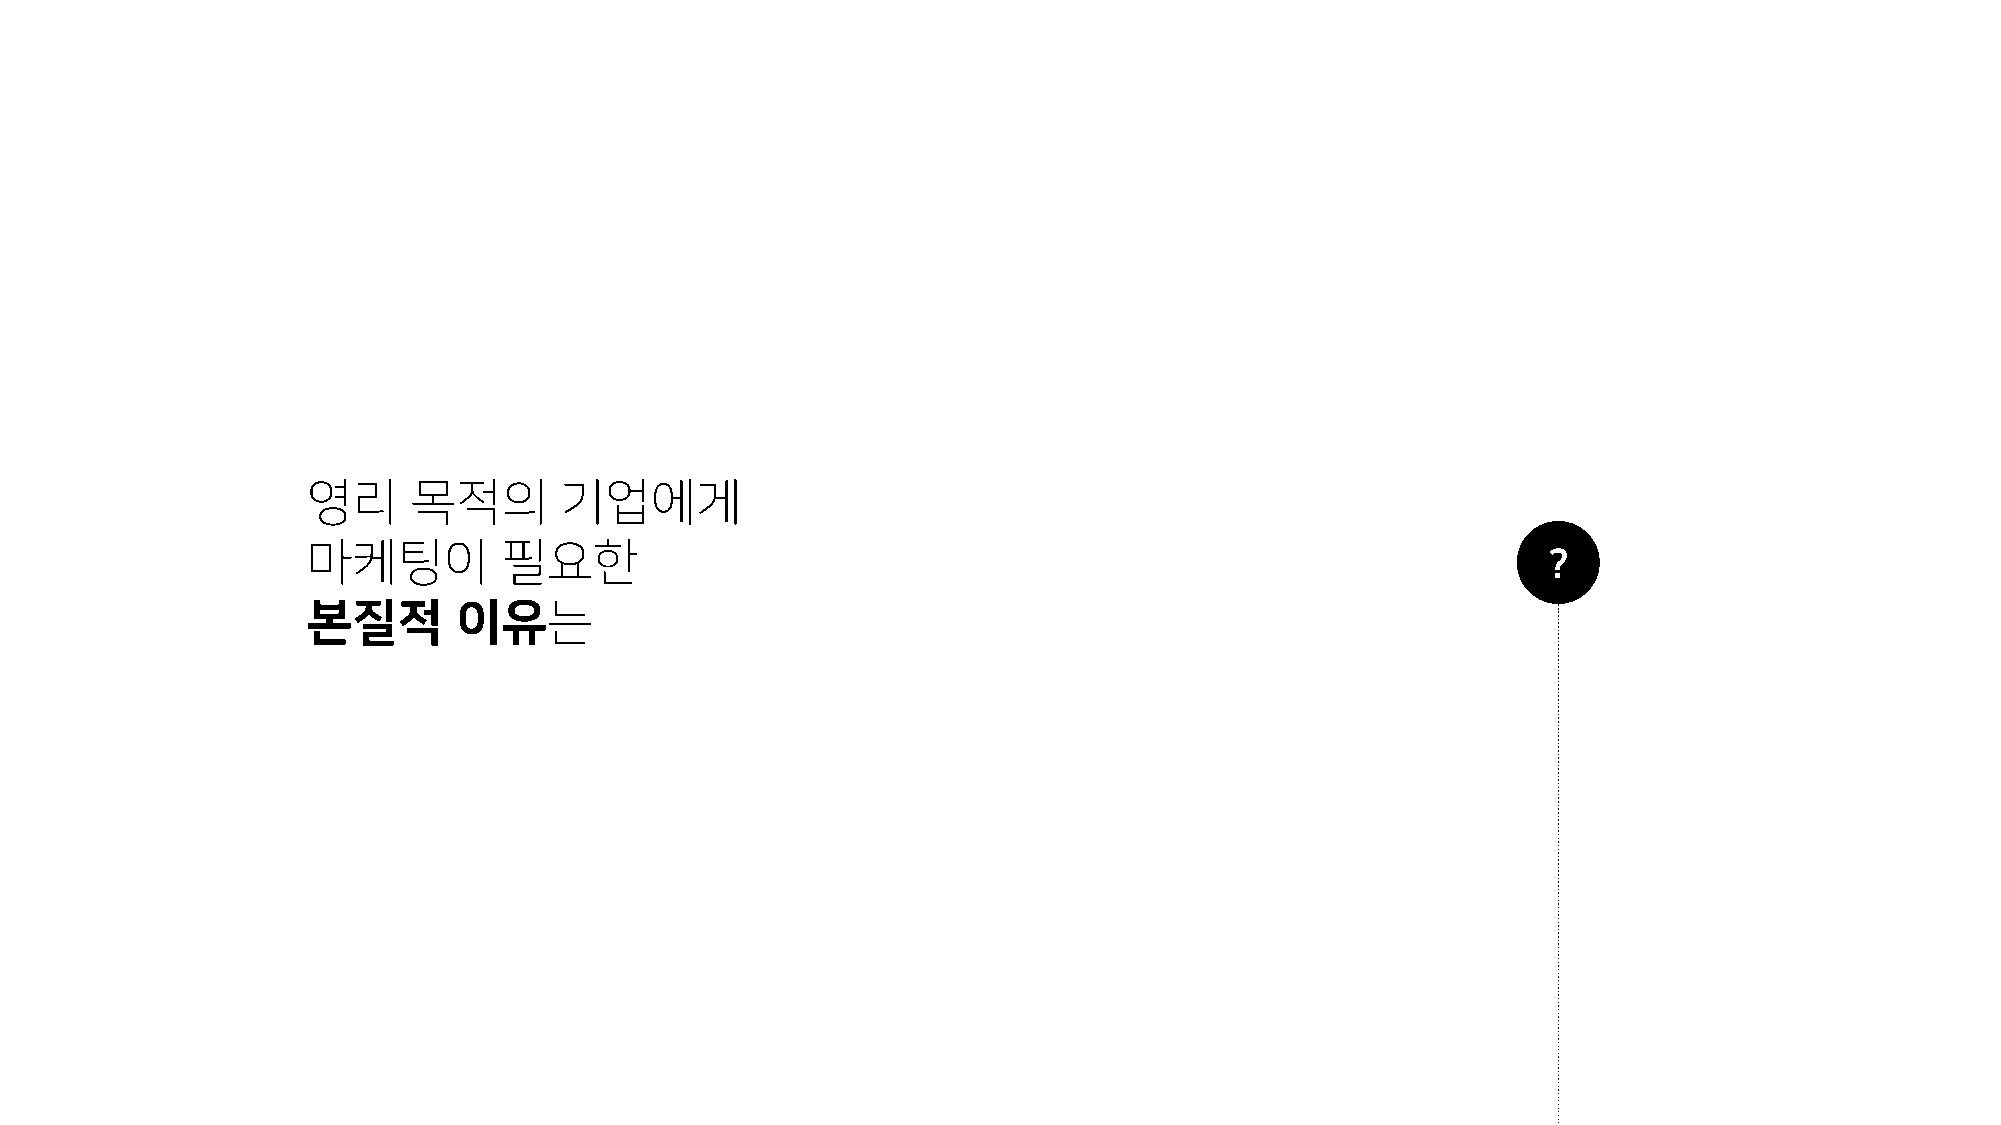
영리     목적의       기업에게
 마케팅이         필요한                                                                  ?
 본질적       이유는